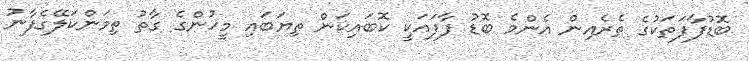
ބޮޑުފާފަތަކުގެ ތެރެއިން އެންމެ ބޮޑު ފާފައަކީ ކޮބައިކަން ތިޔަބައި މީހުންގެ ގާތު ތިމަންކަލޭގެފާނު